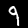
Label: 9